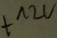
Text: +12V